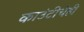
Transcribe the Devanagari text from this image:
काउंटीचेही